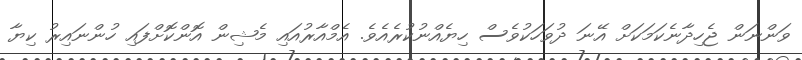
ވަންނަން ޖެހިދާނެކަމަކަށް އޭނަ ދުވަހަކުވެސް ހިޔެއްނުކުރެއެވެ. އެމްއާރުއައި މެޝިން އޮންކޮށްފައި ހުންނައިރު ކިޔާ